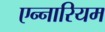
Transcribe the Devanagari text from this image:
एन्नारियम